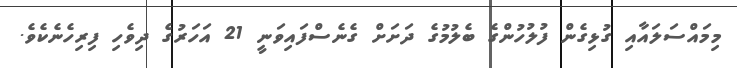
މިމައްސަލައާއި ގުޅިގެން ފުލުހުންގެ ބެލުމުގެ ދަށަށް ގެނެސްފައިވަނީ 21 އަހަރުގެ ދިވެހި ފިރިހެނެކެވެ.